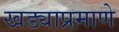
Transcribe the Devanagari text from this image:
खड्याप्रमाणे